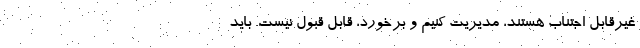
غیرقابل اجتناب هستند، مدیریت کنیم و برخورد، قابل قبول نیست. باید